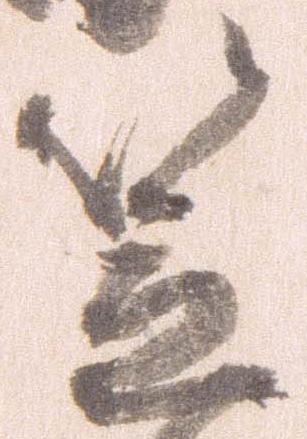
笠